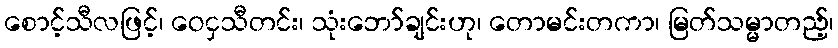
စောင့်သီလဖြင့်၊ ဝေငှသီတင်း၊ သုံးဘော်ချင်းဟု၊ တောမင်းတကာ၊ မြတ်သမ္မာတည့်၊